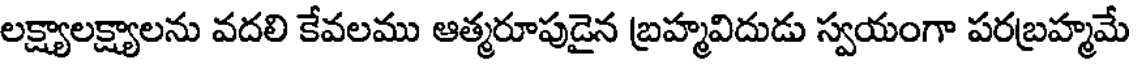
లక్ష్యాలక్ష్యాలను వదలి కేవలము ఆత్మరూపుడైన బ్రహ్మవిదుడు స్వయంగా పరబ్రహ్మమే